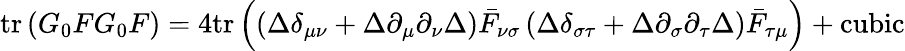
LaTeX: \mathrm{tr}\left(G_{0}FG_{0}F\right)=4\mathrm{tr}\left(\left(\Delta\delta_{\mu\nu}+\Delta\partial_{\mu}\partial_{\nu}\Delta\right)\bar{F}_{\nu\sigma}\left(\Delta\delta_{\sigma\tau}+\Delta\partial_{\sigma}\partial_{\tau}\Delta\right)\bar{F}_{\tau\mu}\right)+\textrm{cubic}